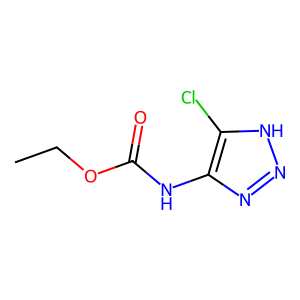
SMILES: CCOC(=O)Nc1nn[nH]c1Cl
Inhibits HIV replication: No